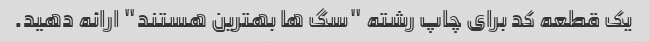
یک قطعه کد برای چاپ رشته "سگ ها بهترین هستند" ارائه دهید.